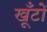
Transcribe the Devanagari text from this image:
खूँटों